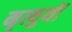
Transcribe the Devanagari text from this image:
मृत्युयों